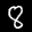
Digit: 8